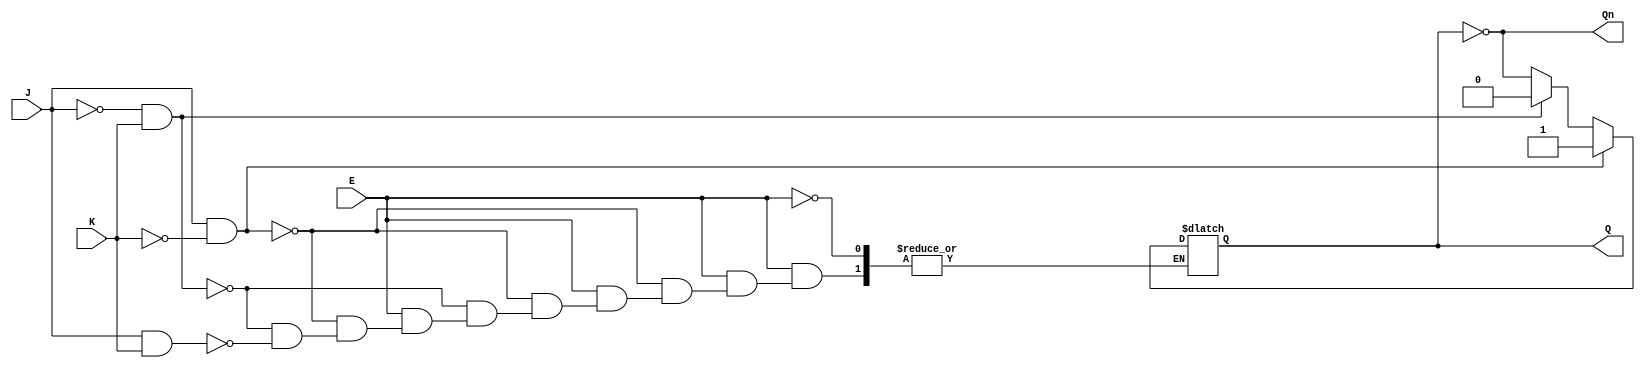
module GatedJKLatch (
    input wire J,      // Set input
    input wire K,      // Reset input
    input wire E,      // Enable input
    output reg Q,      // Output Q
    output wire Qn     // Complementary output Q'
);

// Always block to implement the gated JK latch behavior
always @(*) begin
    if (E) begin
        if (J && !K) begin
            Q = 1;    // Set
        end else if (!J && K) begin
            Q = 0;    // Reset
        end else if (J && K) begin
            Q = ~Q;   // Toggle
        end
        // If J = 0 and K = 0, retain the previous state (no change)
    end
end

// Complementary output
assign Qn = ~Q;

endmodule